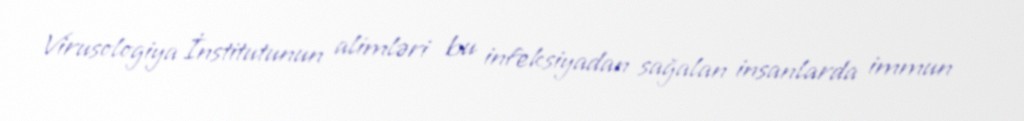
Virusologiya İnstitutunun alimləri bu infeksiyadan sağalan insanlarda immun